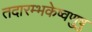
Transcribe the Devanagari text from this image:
तदारम्भकेष्वणुषु